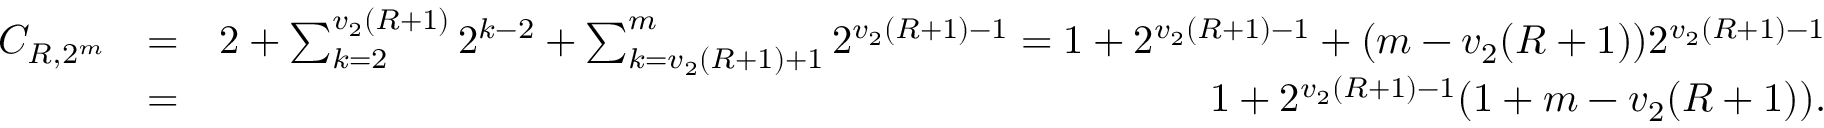
\begin{array} { r l r } { C _ { R , 2 ^ { m } } } & { = } & { 2 + \sum _ { k = 2 } ^ { v _ { 2 } ( R + 1 ) } 2 ^ { k - 2 } + \sum _ { k = v _ { 2 } ( R + 1 ) + 1 } ^ { m } 2 ^ { v _ { 2 } ( R + 1 ) - 1 } = 1 + 2 ^ { v _ { 2 } ( R + 1 ) - 1 } + ( m - v _ { 2 } ( R + 1 ) ) 2 ^ { v _ { 2 } ( R + 1 ) - 1 } } \\ & { = } & { 1 + 2 ^ { v _ { 2 } ( R + 1 ) - 1 } ( 1 + m - v _ { 2 } ( R + 1 ) ) . } \end{array}